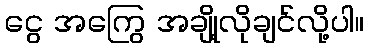
ငွေ အကြွေ အချို့လိုချင်လို့ပါ။